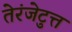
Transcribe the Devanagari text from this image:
तेरंजेटुत्त